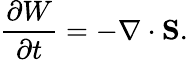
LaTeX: \frac{\partial W}{\partial t}=-\nabla\cdot{\mathbf S}.